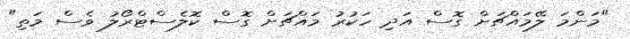
"މަންމަ ލޭމައްޗަށް ގޮސް އަދި ހަކުރު މައްޗަށް ގޮސް ކޮލެސްޓްރޯލު ވެސް މަތި"